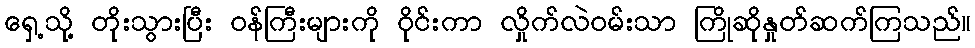
ရှေ့သို့ တိုးသွားပြီး ဝန်ကြီးများကို ဝိုင်းကာ လှိုက်လဲဝမ်းသာ ကြိုဆိုနှုတ်ဆက်ကြသည်။